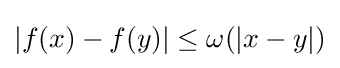
|f(x)-f(y)|\leq \omega (|x-y|)